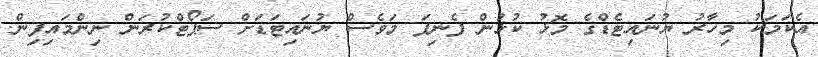
އެކަމަކު މިހާރު ޔުނައިޓެޑްގެ މޮޅު ކުޅުން ފެނިފަ މަވެސް ޔުނައިޓަޑަށް ސަޕޯޓްކުރަން ނިންމައިފިން.